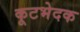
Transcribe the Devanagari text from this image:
कूटभेदक